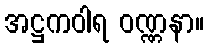
အဋ္ဌကဝါရ ဝဏ္ဏနာ။